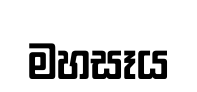
මහසෑය